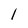
Character: l